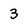
Character: 3